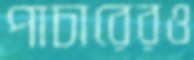
পাচারেরও